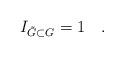
LaTeX: \begin{align*}I_{\tilde{G}\subset G} = 1 \quad .\end{align*}